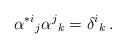
LaTeX: \begin{align*}\alpha ^{*i}{}_j\alpha ^j{}_k=\delta ^i{}_k\,.\end{align*}